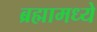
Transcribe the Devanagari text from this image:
ब्रह्मामध्ये